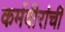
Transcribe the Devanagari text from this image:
कर्मवीरांची